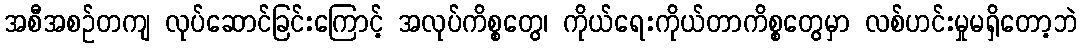
အစီအစဉ်တကျ လုပ်ဆောင်ခြင်းကြောင့် အလုပ်ကိစ္စတွေ၊ ကိုယ်ရေးကိုယ်တာကိစ္စတွေမှာ လစ်ဟင်းမှုမရှိတော့ဘဲ